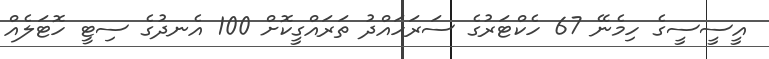
އީސީސީގެ ހިމެނޭ 67 ހެކްޓަރުގެ ސަރަހައްދު ތަރައްގީކޮށް 100 އެނދުގެ ސިޓީ ހޮޓަލެއް